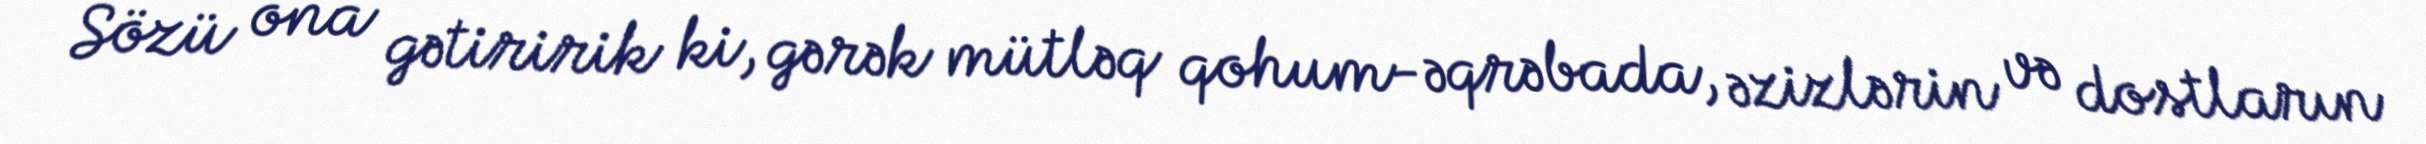
Sözü ona gətiririk ki, gərək mütləq qohum-əqrəbada, əzizlərin və dostların